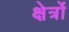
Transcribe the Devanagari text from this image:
क्षेर्त्रों